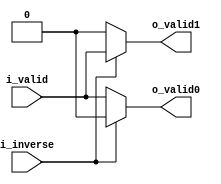
//company       : xm tech
//project name  : H265i
//top module    : dct_top_2d.v
//data          : 2018.01.25
//delay         : 0 clk 
//describe      :
//modification  :
//v1.0          :
module ctl2(
          i_valid  ,
	  i_inverse,
//----------------------------------//
          o_valid0,//to dct 
          o_valid1//to i_dct
);

// ********************************************
//                                             
//    INPUT / OUTPUT DECLARATION                                               
//                                                                             
// ********************************************  

input                       i_valid   ;
input                       i_inverse ;

output wire                     o_valid0  ;//to dct
output wire                     o_valid1  ;//to idct

assign o_valid0 = i_inverse?  1'b0 : i_valid;//to dct
assign o_valid1 = i_inverse?  i_valid : 1'b0;//to idct 


endmodule